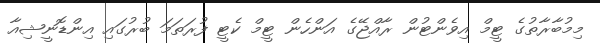
މިމުބާރާތުގެ ޓީމް އިވެންޓުން ރާއްޖޭގެ އަންހެން ޓީމް ކެޓީ ފުރަތަމަ ބުރުގައި އިންޑޮނީޝިއާ